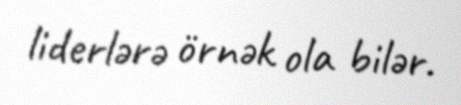
liderlərə örnək ola bilər.